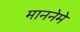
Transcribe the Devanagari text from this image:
माननेमे